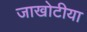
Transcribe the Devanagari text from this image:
जाखोटीया